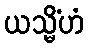
ယသ္မိံဟံ